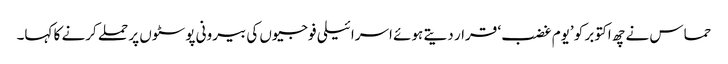
حماس نے چھ اکتوبر کو ’یوم غضب‘ قرار دیتے ہوئے اسرائیلی فوجیوں کی بیرونی پوسٹوں پر حملے کرنے کا کہا۔